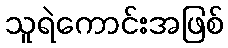
သူရဲကောင်းအဖြစ်